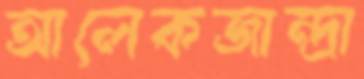
আলেকজান্দ্রা